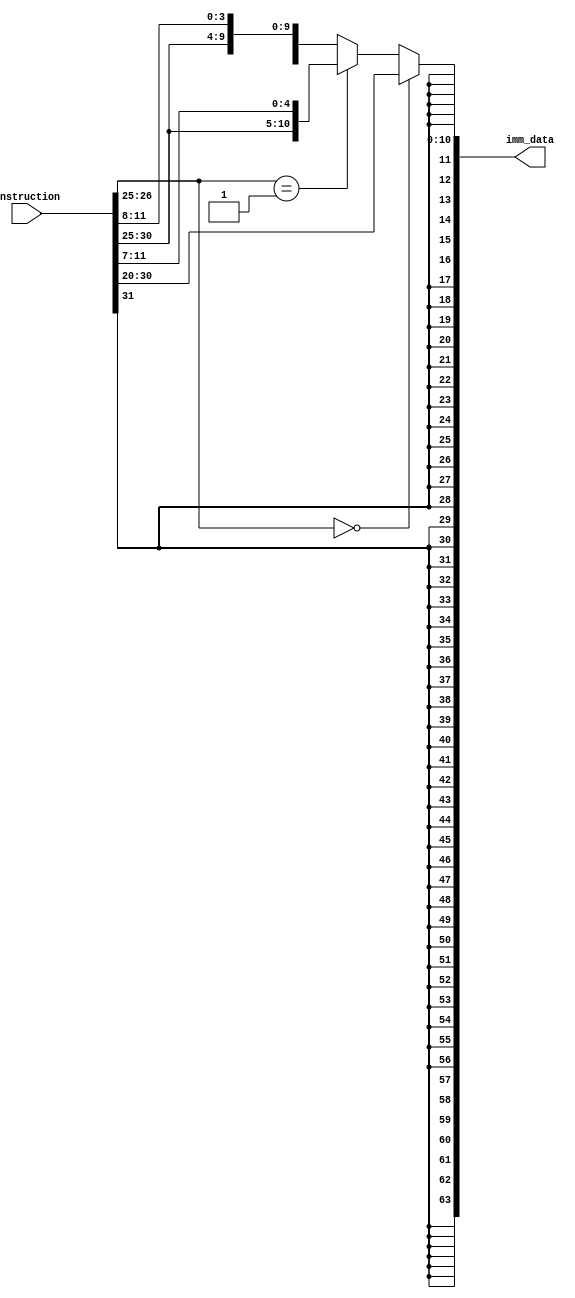
module ImmGen(instruction, imm_data);
  input [31:0] instruction;
  output [63:0] imm_data;
  reg [63:0] imm_data;

  wire [1:0] check = instruction[26:25];
  reg [11:0] imm;
  
  
  always @ (instruction)
    begin
      if (check == 2'b00)
        imm = instruction[31:20];
      else if (check == 2'b01)
        imm = {instruction[31:25],instruction[11:7]};
      else if ((check == 2'b10) || (check == 2'b11))
        imm = {instruction[31],instruction[7],instruction[30:25],instruction[11:8]};
      
      imm_data[63:12] = {52{imm[11]}};
      imm_data[11:0] = imm;
    end
  
  
endmodule